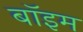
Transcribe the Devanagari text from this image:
बॉइम